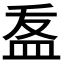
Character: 𭽽